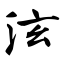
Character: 泫